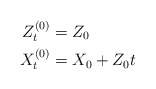
\begin{align*}Z_t^{(0)} & = Z_0\\X_t^{(0)} &= X_0 + Z_0 t\end{align*}